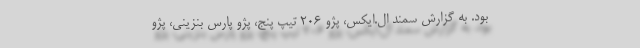
بود. به گزارش سمند ال‌.ایکس، پژو ۲۰۶ تیپ پنج، پژو پارس بنزینی، پژو